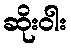
ဆိုးဝါး